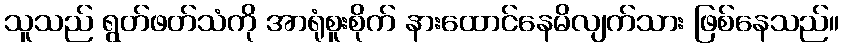
သူသည် ရွတ်ဖတ်သံကို အာရုံစူးစိုက် နားထောင်နေမိလျက်သား ဖြစ်နေသည်။